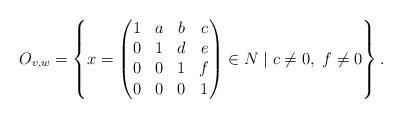
LaTeX: \begin{align*} O_{v,w}=\left\{x=\left(\begin{matrix}1&a&b&c\\0&1&d&e\\0&0&1&f\\0&0&0&1\end{matrix}\right)\in N \mid c\not = 0,\ f\not = 0\right\}.\end{align*}